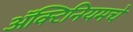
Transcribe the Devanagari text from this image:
ॲक्टिनियमचे